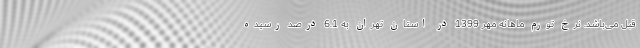
قبل می‌باشد. نرخ تورم ماهانه مهر 1399 در استان تهران به 6.1 درصد رسیده